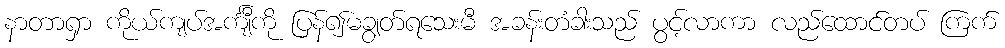
နာတာရှာ ကိုယ်ကျပ်အင်္ကျီကို ပြန်၍မချွတ်ရသေးမီ အခန်းတံခါးသည် ပွင့်လာကာ လည်ထောင်တပ် ကြက်